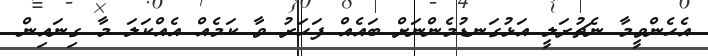
އެހެންވީމާ ނެޗުރަލީ އަޅުގަނޑުމެންނަށް ބައެއް ފަހަރު ވާ ކަމެއް އެއްކަލަ މާ ގިނައިން